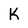
Character: K